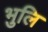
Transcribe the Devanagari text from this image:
भुलि